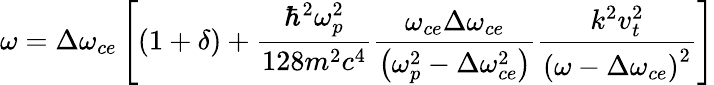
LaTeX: \omega=\Delta\omega_{ce}\left[\left(1+\delta\right)+\frac{\hbar^{2}\omega_{p}^{2}}{128m^{2}c^{4}}\frac{\omega_{ce}\Delta\omega_{ce}}{\left(\omega_{p}^{2}-\Delta\omega_{ce}^{2}\right)}\frac{k^{2}v_{t}^{2}}{\left(\omega-\Delta\omega_{ce}\right)^{2}}\right]